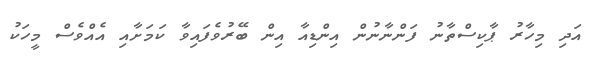
އަދި މިހާރު ޕާކިސްތާނު ފަންނާނުން އިންޑިއާ އިން ބޭރުވެފައިވާ ކަމަށާއި އެއްވެސް މީހަކު